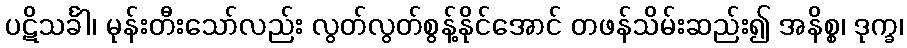
ပဋိသင်္ခါ၊ မုန်းတီးသော်လည်း လွတ်လွတ်စွန့်နိုင်အောင် တဖန်သိမ်းဆည်း၍ အနိစ္စ၊ ဒုက္ခ၊